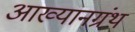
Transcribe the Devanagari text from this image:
आख्यानग्रंथ